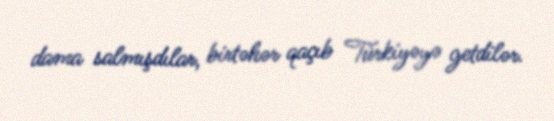
dama salmışdılar, birtəhər qaçıb Türkiyəyə getdilər.